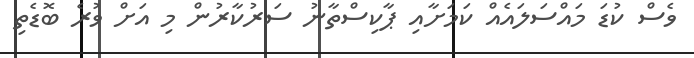
ވެސް ކުޑަ މައްސަލައެއް ކަމަށާއި ޕާކިސްތާނު ސަރުކާރުން މި އަށް ވުރެ ބޮޑެތި